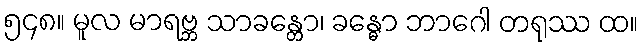
၅၄၈။ မူလ မာရဗ္ဘ သာခန္တော၊ ခန္ဓော ဘာဂေါ တရုဿ ထ။